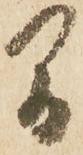
間